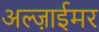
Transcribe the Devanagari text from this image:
अल्ज़ाईमर